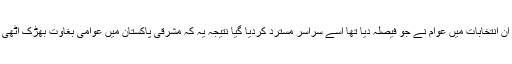
بلا شبہ دسمبر 1970 کے عام انتخابات منصفانہ تھے لیکن ان انتخابات میں عوام نے جو فیصلہ دیا تھا اسے سراسر مسترد کردیا گیا نتیجہ یہ کہ مشرقی پاکستان میں عوامی بغاوت بھڑک اٹھی جسے فوج کی طاقت کے بل پر کچلنے کی کوشش کی گئی۔